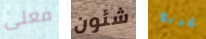
فعلى شئون غريغ